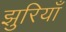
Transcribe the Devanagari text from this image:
झुरियाँ